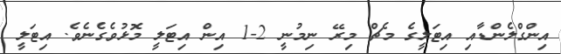
އިންގްލެންޑާއި އިޓަލީގެ މެޗް މިރޭ ނިމުނީ 2-1 އިން އިޓަލީ މޮޅުވެގެނެވެ. އިޓަލީ